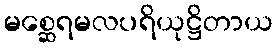
မစ္ဆေရမလပရိယုဋ္ဌိတာယ